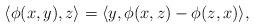
LaTeX: \begin{align*}\langle\phi(x,y),z\rangle=\langle y,\phi(x,z)-\phi(z,x)\rangle,\end{align*}